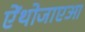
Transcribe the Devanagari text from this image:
ऐंथोजाएआ